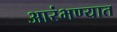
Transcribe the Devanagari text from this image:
आरंभण्यात